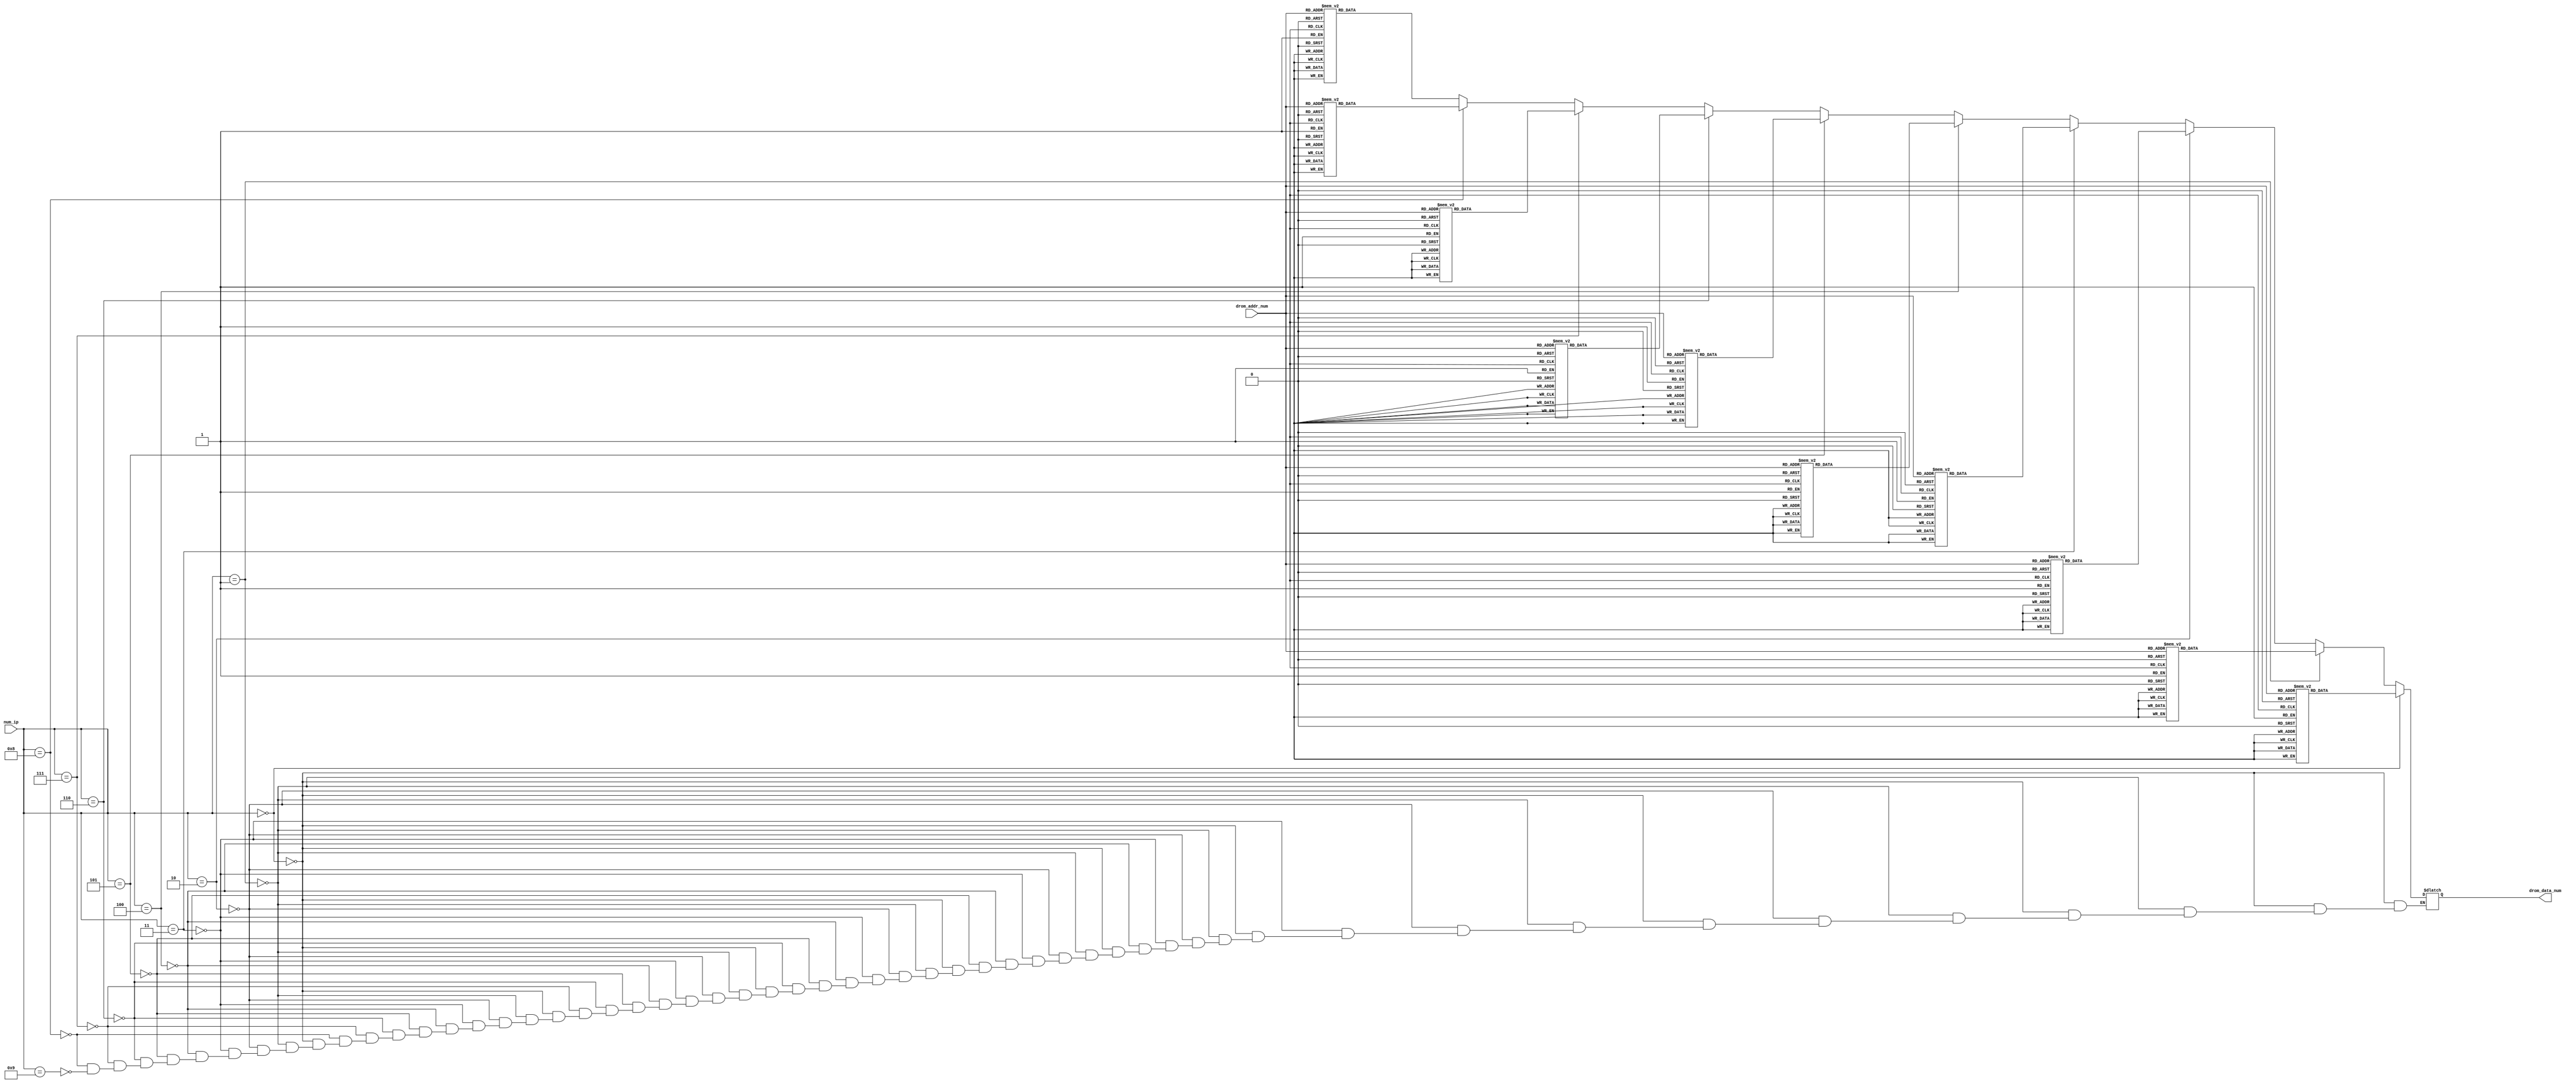
`timescale 1ns / 1ps
//////////////////////////////////////////////////////////////////////////////////
// Company: 
// Engineer: 
// 
// Design Name: 
// Module Name: font_number
// Project Name: 
// Target Devices: 
// Tool Versions: 
// Description: 
// 
// Dependencies: 
// 
// Revision:
// Revision 0.01 - File Created
// Additional Comments:
// 
//////////////////////////////////////////////////////////////////////////////////


module font_number(
    input [3:0] num_ip,
    input [4:0] drom_addr_num,
    output reg [0:31] drom_data_num
    );
    
always @(*)
    begin
        if(num_ip==4'd0)
        begin
        case (drom_addr_num)
            0:drom_data_num = 32'b00000011111111111111111111000000;
            1:drom_data_num = 32'b00000100000000000000000000100000;
            2:drom_data_num = 32'b00001000000000000000000000010000;
            3:drom_data_num = 32'b00010000000000000000000000001000;
            4:drom_data_num = 32'b00100000000000000000000000000100;
            5:drom_data_num = 32'b01000000000000000000000000000010;
            6:drom_data_num = 32'b01000000000000000000000000000010;
            7:drom_data_num = 32'b01000000000000000000000000000010;
            8:drom_data_num = 32'b01000000000000000000000000000010;
            9:drom_data_num = 32'b01000000000000000000000000000010;
           10:drom_data_num = 32'b01000000000000000000000000000010;
           11:drom_data_num = 32'b01000000000000000000000000000010;
           12:drom_data_num = 32'b01000000000000000000000000000010;
           13:drom_data_num = 32'b01000000000000000000000000000010;
           14:drom_data_num = 32'b01000000000000000000000000000010;
           15:drom_data_num = 32'b01000000000000000000000000000010;
           16:drom_data_num = 32'b01000000000000000000000000000010;
           17:drom_data_num = 32'b01000000000000000000000000000010;
           18:drom_data_num = 32'b01000000000000000000000000000010;
           19:drom_data_num = 32'b01000000000000000000000000000010;
           20:drom_data_num = 32'b01000000000000000000000000000010;
           21:drom_data_num = 32'b01000000000000000000000000000010;
           22:drom_data_num = 32'b01000000000000000000000000000010;
           23:drom_data_num = 32'b01000000000000000000000000000010;
           24:drom_data_num = 32'b01000000000000000000000000000010;
           25:drom_data_num = 32'b01000000000000000000000000000010;
           26:drom_data_num = 32'b01000000000000000000000000000010;
           27:drom_data_num = 32'b00100000000000000000000000000100;
           28:drom_data_num = 32'b00010000000000000000000000001000;
           29:drom_data_num = 32'b00001000000000000000000000010000;
           30:drom_data_num = 32'b00000100000000000000000000100000;
           31:drom_data_num = 32'b00000011111111111111111111000000;
        endcase
        end
        
        else if(num_ip==4'd1)
        begin
        case (drom_addr_num)
             0:drom_data_num = 32'b00000000000000000000000000000010;
             1:drom_data_num = 32'b00000000000000000000000000000110;
             2:drom_data_num = 32'b00000000000000000000000000001010;
             3:drom_data_num = 32'b00000000000000000000000000010010;
             4:drom_data_num = 32'b00000000000000000000000000100010;
             5:drom_data_num = 32'b00000000000000000000000001000010;
             6:drom_data_num = 32'b00000000000000000000000010000010;
             7:drom_data_num = 32'b00000000000000000000000100000010;
             8:drom_data_num = 32'b00000000000000000000001000000010;
             9:drom_data_num = 32'b00000000000000000000010000000010;
            10:drom_data_num = 32'b00000000000000000000000000000010;
            11:drom_data_num = 32'b00000000000000000000000000000010;
            12:drom_data_num = 32'b00000000000000000000000000000010;
            13:drom_data_num = 32'b00000000000000000000000000000010;
            14:drom_data_num = 32'b00000000000000000000000000000010;
            15:drom_data_num = 32'b00000000000000000000000000000010;
            16:drom_data_num = 32'b00000000000000000000000000000010;
            17:drom_data_num = 32'b00000000000000000000000000000010;
            18:drom_data_num = 32'b00000000000000000000000000000010;
            19:drom_data_num = 32'b00000000000000000000000000000010;
            20:drom_data_num = 32'b00000000000000000000000000000010;
            21:drom_data_num = 32'b00000000000000000000000000000010;
            22:drom_data_num = 32'b00000000000000000000000000000010;
            23:drom_data_num = 32'b00000000000000000000000000000010;
            24:drom_data_num = 32'b00000000000000000000000000000010;
            25:drom_data_num = 32'b00000000000000000000000000000010;
            26:drom_data_num = 32'b00000000000000000000000000000010;
            27:drom_data_num = 32'b00000000000000000000000000000010;
            28:drom_data_num = 32'b00000000000000000000000000000010;
            29:drom_data_num = 32'b00000000000000000000000000000010;
            30:drom_data_num = 32'b00000000000000000000000000000010;
            31:drom_data_num = 32'b00000000000000000000000000000010;
        endcase
        end
        
        else if(num_ip==4'd2)
        begin
        case (drom_addr_num)
             0:drom_data_num = 32'b01111111111111111111111111111100;
             1:drom_data_num = 32'b00000000000000000000000000000010;
             2:drom_data_num = 32'b00000000000000000000000000000010;
             3:drom_data_num = 32'b00000000000000000000000000000010;
             4:drom_data_num = 32'b00000000000000000000000000000010;
             5:drom_data_num = 32'b00000000000000000000000000000010;
             6:drom_data_num = 32'b00000000000000000000000000000010;
             7:drom_data_num = 32'b00000000000000000000000000000010;
             8:drom_data_num = 32'b00000000000000000000000000000010;
             9:drom_data_num = 32'b00000000000000000000000000000010;
            10:drom_data_num = 32'b00000000000000000000000000000010;
            11:drom_data_num = 32'b00000000000000000000000000000010;
            12:drom_data_num = 32'b00000000000000000000000000000010;
            13:drom_data_num = 32'b00000000000000000000000000000010;
            14:drom_data_num = 32'b00000000000000000000000000000010;
            15:drom_data_num = 32'b00111111111111111111111111111100;
            16:drom_data_num = 32'b01000000000000000000000000000000;
            17:drom_data_num = 32'b01000000000000000000000000000000;
            18:drom_data_num = 32'b01000000000000000000000000000000;
            19:drom_data_num = 32'b01000000000000000000000000000000;
            20:drom_data_num = 32'b01000000000000000000000000000000;
            21:drom_data_num = 32'b01000000000000000000000000000000;
            22:drom_data_num = 32'b01000000000000000000000000000000;
            23:drom_data_num = 32'b01000000000000000000000000000000;
            24:drom_data_num = 32'b01000000000000000000000000000000;
            25:drom_data_num = 32'b01000000000000000000000000000000;
            26:drom_data_num = 32'b01000000000000000000000000000000;
            27:drom_data_num = 32'b01000000000000000000000000000000;
            28:drom_data_num = 32'b01000000000000000000000000000000;
            29:drom_data_num = 32'b01000000000000000000000000000000;
            30:drom_data_num = 32'b01000000000000000000000000000000;
            31:drom_data_num = 32'b00111111111111111111111111111100;
        endcase
        end

        else if(num_ip==4'd3)
        begin
        case (drom_addr_num)
             0:drom_data_num = 32'b01111111111111111111111111111100;
             1:drom_data_num = 32'b00000000000000000000000000000010;
             2:drom_data_num = 32'b00000000000000000000000000000010;
             3:drom_data_num = 32'b00000000000000000000000000000010;
             4:drom_data_num = 32'b00000000000000000000000000000010;
             5:drom_data_num = 32'b00000000000000000000000000000010;
             6:drom_data_num = 32'b00000000000000000000000000000010;
             7:drom_data_num = 32'b00000000000000000000000000000010;
             8:drom_data_num = 32'b00000000000000000000000000000010;
             9:drom_data_num = 32'b00000000000000000000000000000010;
            10:drom_data_num = 32'b00000000000000000000000000000010;
            11:drom_data_num = 32'b00000000000000000000000000000010;
            12:drom_data_num = 32'b00000000000000000000000000000010;
            13:drom_data_num = 32'b00000000000000000000000000000010;
            14:drom_data_num = 32'b00000000000000000000000000000010;
            15:drom_data_num = 32'b01111111111111111111111111111100;
            16:drom_data_num = 32'b00000000000000000000000000000010;
            17:drom_data_num = 32'b00000000000000000000000000000010;
            18:drom_data_num = 32'b00000000000000000000000000000010;
            19:drom_data_num = 32'b00000000000000000000000000000010;
            20:drom_data_num = 32'b00000000000000000000000000000010;
            21:drom_data_num = 32'b00000000000000000000000000000010;
            22:drom_data_num = 32'b00000000000000000000000000000010;
            23:drom_data_num = 32'b00000000000000000000000000000010;
            24:drom_data_num = 32'b00000000000000000000000000000010;
            25:drom_data_num = 32'b00000000000000000000000000000010;
            26:drom_data_num = 32'b00000000000000000000000000000010;
            27:drom_data_num = 32'b00000000000000000000000000000010;
            28:drom_data_num = 32'b00000000000000000000000000000010;
            29:drom_data_num = 32'b00000000000000000000000000000010;
            30:drom_data_num = 32'b00000000000000000000000000000010;
            31:drom_data_num = 32'b01111111111111111111111111111100;
        endcase
        end
        
        else if(num_ip==4'd4)
        begin
        case (drom_addr_num)
             0:drom_data_num = 32'b01000000000000000000000000000010;
             1:drom_data_num = 32'b01000000000000000000000000000010;
             2:drom_data_num = 32'b01000000000000000000000000000010;
             3:drom_data_num = 32'b01000000000000000000000000000010;
             4:drom_data_num = 32'b01000000000000000000000000000010;
             5:drom_data_num = 32'b01000000000000000000000000000010;
             6:drom_data_num = 32'b01000000000000000000000000000010;
             7:drom_data_num = 32'b01000000000000000000000000000010;
             8:drom_data_num = 32'b01000000000000000000000000000010;
             9:drom_data_num = 32'b01000000000000000000000000000010;
            10:drom_data_num = 32'b01000000000000000000000000000010;
            11:drom_data_num = 32'b01000000000000000000000000000010;
            12:drom_data_num = 32'b01000000000000000000000000000010;
            13:drom_data_num = 32'b01000000000000000000000000000010;
            14:drom_data_num = 32'b01000000000000000000000000000010;
            15:drom_data_num = 32'b00111111111111111111111111111100;
            16:drom_data_num = 32'b00000000000000000000000000000010;
            17:drom_data_num = 32'b00000000000000000000000000000010;
            18:drom_data_num = 32'b00000000000000000000000000000010;
            19:drom_data_num = 32'b00000000000000000000000000000010;
            20:drom_data_num = 32'b00000000000000000000000000000010;
            21:drom_data_num = 32'b00000000000000000000000000000010;
            22:drom_data_num = 32'b00000000000000000000000000000010;
            23:drom_data_num = 32'b00000000000000000000000000000010;
            24:drom_data_num = 32'b00000000000000000000000000000010;
            25:drom_data_num = 32'b00000000000000000000000000000010;
            26:drom_data_num = 32'b00000000000000000000000000000010;
            27:drom_data_num = 32'b00000000000000000000000000000010;
            28:drom_data_num = 32'b00000000000000000000000000000010;
            29:drom_data_num = 32'b00000000000000000000000000000010;
            30:drom_data_num = 32'b00000000000000000000000000000010;
            31:drom_data_num = 32'b00000000000000000000000000000010;
        endcase
        end
            
        else if(num_ip==4'd5)
        begin
        case (drom_addr_num)
             0:drom_data_num = 32'b00111111111111111111111111111110;
             1:drom_data_num = 32'b01000000000000000000000000000000;
             2:drom_data_num = 32'b01000000000000000000000000000000;
             3:drom_data_num = 32'b01000000000000000000000000000000;
             4:drom_data_num = 32'b01000000000000000000000000000000;
             5:drom_data_num = 32'b01000000000000000000000000000000;
             6:drom_data_num = 32'b01000000000000000000000000000000;
             7:drom_data_num = 32'b01000000000000000000000000000000;
             8:drom_data_num = 32'b01000000000000000000000000000000;
             9:drom_data_num = 32'b01000000000000000000000000000000;
            10:drom_data_num = 32'b01000000000000000000000000000000;
            11:drom_data_num = 32'b01000000000000000000000000000000;
            12:drom_data_num = 32'b01000000000000000000000000000000;
            13:drom_data_num = 32'b01000000000000000000000000000000;
            14:drom_data_num = 32'b01000000000000000000000000000000;
            15:drom_data_num = 32'b00111111111111111111111111111100;
            16:drom_data_num = 32'b00000000000000000000000000000010;
            17:drom_data_num = 32'b00000000000000000000000000000010;
            18:drom_data_num = 32'b00000000000000000000000000000010;
            19:drom_data_num = 32'b00000000000000000000000000000010;
            20:drom_data_num = 32'b00000000000000000000000000000010;
            21:drom_data_num = 32'b00000000000000000000000000000010;
            22:drom_data_num = 32'b00000000000000000000000000000010;
            23:drom_data_num = 32'b00000000000000000000000000000010;
            24:drom_data_num = 32'b00000000000000000000000000000010;
            25:drom_data_num = 32'b00000000000000000000000000000010;
            26:drom_data_num = 32'b00000000000000000000000000000010;
            27:drom_data_num = 32'b00000000000000000000000000000010;
            28:drom_data_num = 32'b00000000000000000000000000000010;
            29:drom_data_num = 32'b00000000000000000000000000000010;
            30:drom_data_num = 32'b00000000000000000000000000000010;
            31:drom_data_num = 32'b01111111111111111111111111111100;
        endcase
        end
            
        else if(num_ip==4'd6)
        begin
        case (drom_addr_num)
             0:drom_data_num = 32'b00111111111111111111111111111100;
             1:drom_data_num = 32'b01000000000000000000000000000000;
             2:drom_data_num = 32'b01000000000000000000000000000000;
             3:drom_data_num = 32'b01000000000000000000000000000000;
             4:drom_data_num = 32'b01000000000000000000000000000000;
             5:drom_data_num = 32'b01000000000000000000000000000000;
             6:drom_data_num = 32'b01000000000000000000000000000000;
             7:drom_data_num = 32'b01000000000000000000000000000000;
             8:drom_data_num = 32'b01000000000000000000000000000000;
             9:drom_data_num = 32'b01000000000000000000000000000000;
            10:drom_data_num = 32'b01000000000000000000000000000000;
            11:drom_data_num = 32'b01000000000000000000000000000000;
            12:drom_data_num = 32'b01000000000000000000000000000000;
            13:drom_data_num = 32'b01000000000000000000000000000000;
            14:drom_data_num = 32'b01000000000000000000000000000000;
            15:drom_data_num = 32'b00111111111111111111111111111100;
            16:drom_data_num = 32'b01000000000000000000000000000010;
            17:drom_data_num = 32'b01000000000000000000000000000010;
            18:drom_data_num = 32'b01000000000000000000000000000010;
            19:drom_data_num = 32'b01000000000000000000000000000010;
            20:drom_data_num = 32'b01000000000000000000000000000010;
            21:drom_data_num = 32'b01000000000000000000000000000010;
            22:drom_data_num = 32'b01000000000000000000000000000010;
            23:drom_data_num = 32'b01000000000000000000000000000010;
            24:drom_data_num = 32'b01000000000000000000000000000010;
            25:drom_data_num = 32'b01000000000000000000000000000010;
            26:drom_data_num = 32'b01000000000000000000000000000010;
            27:drom_data_num = 32'b01000000000000000000000000000010;
            28:drom_data_num = 32'b01000000000000000000000000000010;
            29:drom_data_num = 32'b01000000000000000000000000000010;
            30:drom_data_num = 32'b01000000000000000000000000000010;
            31:drom_data_num = 32'b00111111111111111111111111111100;
        endcase
        end
            
        else if(num_ip==4'd7)
        begin
        case (drom_addr_num)
             0:drom_data_num = 32'b01111111111111111111111111111100;
             1:drom_data_num = 32'b00000000000000000000000000000010;
             2:drom_data_num = 32'b00000000000000000000000000000010;
             3:drom_data_num = 32'b00000000000000000000000000000010;
             4:drom_data_num = 32'b00000000000000000000000000000010;
             5:drom_data_num = 32'b00000000000000000000000000000010;
             6:drom_data_num = 32'b00000000000000000000000000000010;
             7:drom_data_num = 32'b00000000000000000000000000000010;
             8:drom_data_num = 32'b00000000000000000000000000000010;
             9:drom_data_num = 32'b00000000000000000000000000000010;
            10:drom_data_num = 32'b00000000000000000000000000000010;
            11:drom_data_num = 32'b00000000000000000000000000000010;
            12:drom_data_num = 32'b00000000000000000000000000000010;
            13:drom_data_num = 32'b00000000000000000000000000000010;
            14:drom_data_num = 32'b00000000000000000000000000000010;
            15:drom_data_num = 32'b00000000000000000000000000000010;
            16:drom_data_num = 32'b00000000000000000000000000000010;
            17:drom_data_num = 32'b00000000000000000000000000000010;
            18:drom_data_num = 32'b00000000000000000000000000000010;
            19:drom_data_num = 32'b00000000000000000000000000000010;
            20:drom_data_num = 32'b00000000000000000000000000000010;
            21:drom_data_num = 32'b00000000000000000000000000000010;
            22:drom_data_num = 32'b00000000000000000000000000000010;
            23:drom_data_num = 32'b00000000000000000000000000000010;
            24:drom_data_num = 32'b00000000000000000000000000000010;
            25:drom_data_num = 32'b00000000000000000000000000000010;
            26:drom_data_num = 32'b00000000000000000000000000000010;
            27:drom_data_num = 32'b00000000000000000000000000000010;
            28:drom_data_num = 32'b00000000000000000000000000000010;
            29:drom_data_num = 32'b00000000000000000000000000000010;
            30:drom_data_num = 32'b00000000000000000000000000000010;
            31:drom_data_num = 32'b00000000000000000000000000000010;
        endcase
        end
        
        else if(num_ip==4'd8)
        begin
        case (drom_addr_num)
             0:drom_data_num = 32'b00111111111111111111111111111100;
             1:drom_data_num = 32'b01000000000000000000000000000010;
             2:drom_data_num = 32'b01000000000000000000000000000010;
             3:drom_data_num = 32'b01000000000000000000000000000010;
             4:drom_data_num = 32'b01000000000000000000000000000010;
             5:drom_data_num = 32'b01000000000000000000000000000010;
             6:drom_data_num = 32'b01000000000000000000000000000010;
             7:drom_data_num = 32'b01000000000000000000000000000010;
             8:drom_data_num = 32'b01000000000000000000000000000010;
             9:drom_data_num = 32'b01000000000000000000000000000010;
            10:drom_data_num = 32'b01000000000000000000000000000010;
            11:drom_data_num = 32'b01000000000000000000000000000010;
            12:drom_data_num = 32'b01000000000000000000000000000010;
            13:drom_data_num = 32'b01000000000000000000000000000010;
            14:drom_data_num = 32'b01000000000000000000000000000010;
            15:drom_data_num = 32'b00111111111111111111111111111100;
            16:drom_data_num = 32'b01000000000000000000000000000010;
            17:drom_data_num = 32'b01000000000000000000000000000010;
            18:drom_data_num = 32'b01000000000000000000000000000010;
            19:drom_data_num = 32'b01000000000000000000000000000010;
            20:drom_data_num = 32'b01000000000000000000000000000010;
            21:drom_data_num = 32'b01000000000000000000000000000010;
            22:drom_data_num = 32'b01000000000000000000000000000010;
            23:drom_data_num = 32'b01000000000000000000000000000010;
            24:drom_data_num = 32'b01000000000000000000000000000010;
            25:drom_data_num = 32'b01000000000000000000000000000010;
            26:drom_data_num = 32'b01000000000000000000000000000010;
            27:drom_data_num = 32'b01000000000000000000000000000010;
            28:drom_data_num = 32'b01000000000000000000000000000010;
            29:drom_data_num = 32'b01000000000000000000000000000010;
            30:drom_data_num = 32'b01000000000000000000000000000010;
            31:drom_data_num = 32'b00111111111111111111111111111100;
        endcase
        end
        
        else if(num_ip==4'd9)
        begin
        case (drom_addr_num)
             0:drom_data_num = 32'b00111111111111111111111111111100;
             1:drom_data_num = 32'b01000000000000000000000000000010;
             2:drom_data_num = 32'b01000000000000000000000000000010;
             3:drom_data_num = 32'b01000000000000000000000000000010;
             4:drom_data_num = 32'b01000000000000000000000000000010;
             5:drom_data_num = 32'b01000000000000000000000000000010;
             6:drom_data_num = 32'b01000000000000000000000000000010;
             7:drom_data_num = 32'b01000000000000000000000000000010;
             8:drom_data_num = 32'b01000000000000000000000000000010;
             9:drom_data_num = 32'b01000000000000000000000000000010;
            10:drom_data_num = 32'b01000000000000000000000000000010;
            11:drom_data_num = 32'b01000000000000000000000000000010;
            12:drom_data_num = 32'b01000000000000000000000000000010;
            13:drom_data_num = 32'b01000000000000000000000000000010;
            14:drom_data_num = 32'b01000000000000000000000000000010;
            15:drom_data_num = 32'b00111111111111111111111111111100;
            16:drom_data_num = 32'b00000000000000000000000000000010;
            17:drom_data_num = 32'b00000000000000000000000000000010;
            18:drom_data_num = 32'b00000000000000000000000000000010;
            19:drom_data_num = 32'b00000000000000000000000000000010;
            20:drom_data_num = 32'b00000000000000000000000000000010;
            21:drom_data_num = 32'b00000000000000000000000000000010;
            22:drom_data_num = 32'b00000000000000000000000000000010;
            23:drom_data_num = 32'b00000000000000000000000000000010;
            24:drom_data_num = 32'b00000000000000000000000000000010;
            25:drom_data_num = 32'b00000000000000000000000000000010;
            26:drom_data_num = 32'b00000000000000000000000000000010;
            27:drom_data_num = 32'b00000000000000000000000000000010;
            28:drom_data_num = 32'b00000000000000000000000000000010;
            29:drom_data_num = 32'b00000000000000000000000000000010;
            30:drom_data_num = 32'b00000000000000000000000000000010;
            31:drom_data_num = 32'b01111111111111111111111111111100;
        endcase
        end
     end
endmodule